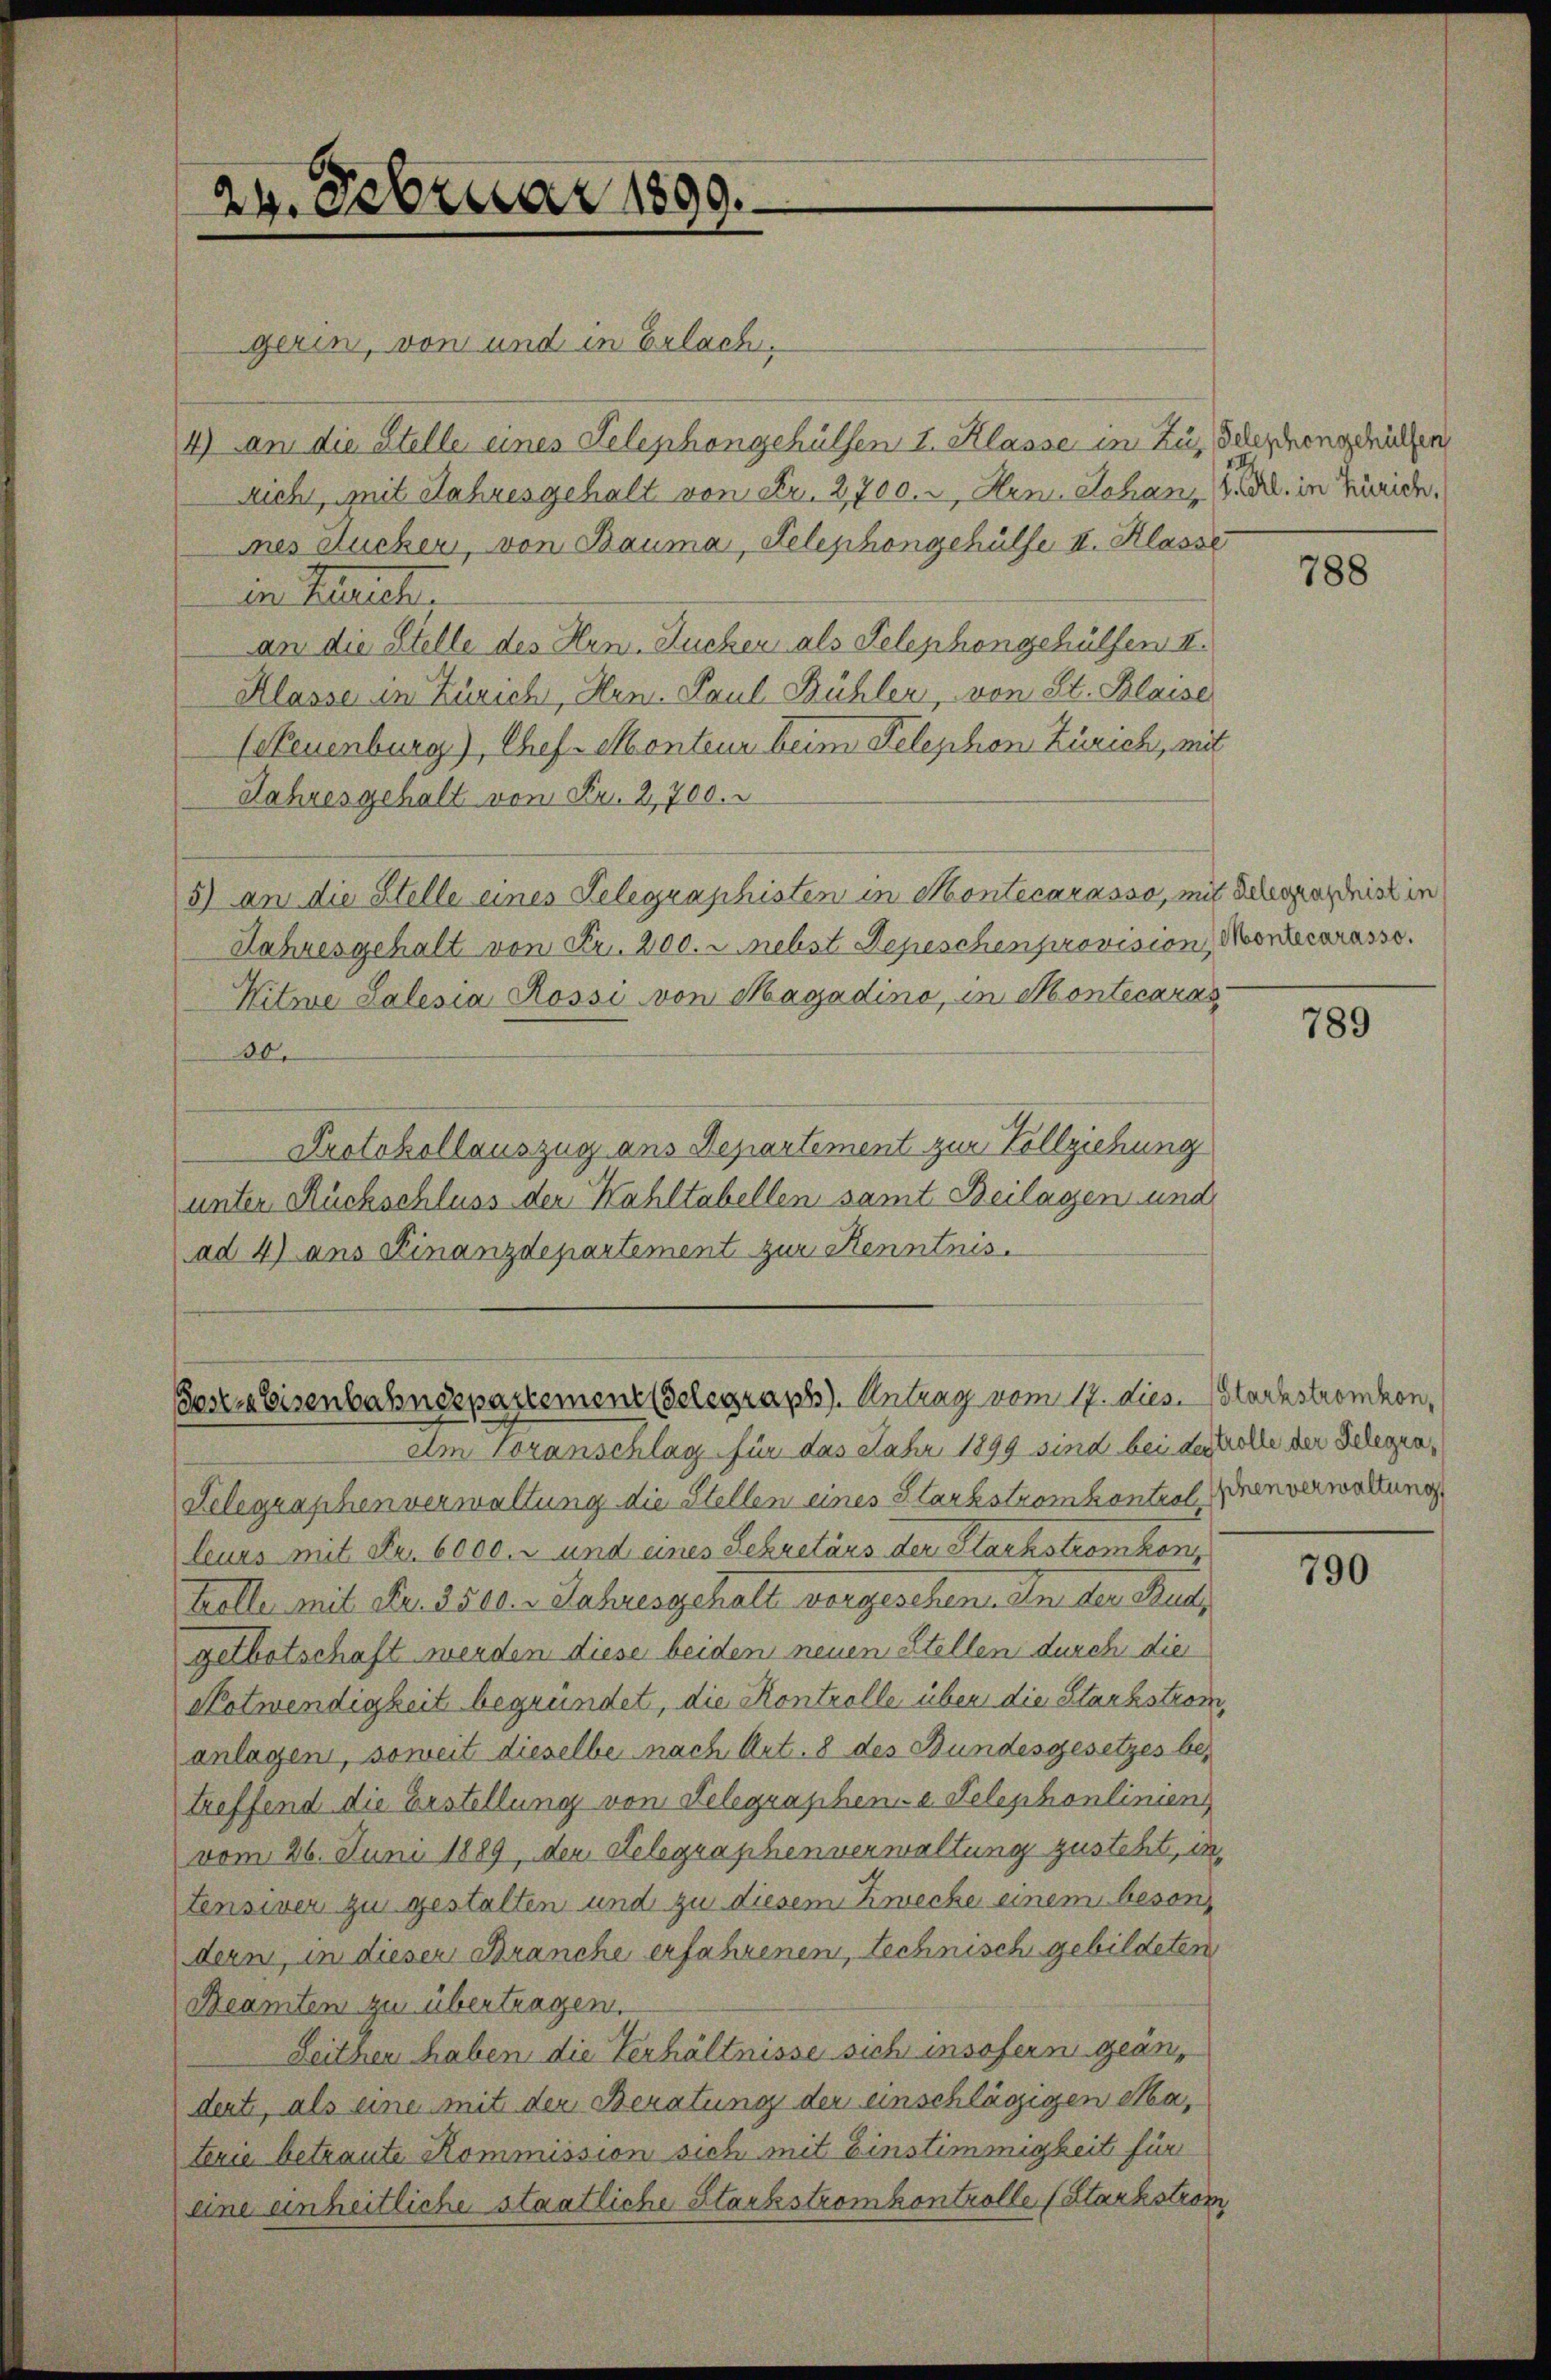
24. Februar 1899.

Josia Eisenbahnespartement elegraph). Antrag vom 17. dies. starkstromhon,

gerin, von und in Erlach,
4) an die Stelle eines Telephongehülfen I. Klasse in Zu, Scherhengehüllen
richt, mit Jahres gehalt von Fr. 2,700. u Hrn. Johan Z. in Züric
nes Sucher, von Bauma, Telephongehülfe II. Klasse
ien Berechen
an die Stelle des Hrn. Zucker als Telephongehülfen II.
Klasse in Zürich, Hrn. Paul Bühler, von St. Blaise
(Neuenburg), Chef Monteur beim Telephon Zürich, mit
Jahresgehalt von Fr. 2,700.
5) an die Stelle eines Telegraphisten in Montecarasso, mit Schadnis in
Jahresgehalt von Fr. 200. u. nebst Depeschenprovision, Montecarasse.
Witwe Salesia Rossi von Magadino, in Montecaras
30.
Protokollauszug aus Departement zur Vollziehung
unter Rückschluss den Kahltabellen samt Beilagen und
ad 4) aus Finanzdepartement zur Kenntnis.

Am Voranschlag für das Jahr 1899 sind bei der Kolle der Gelegra¬
Lelegraphenverwaltung die Stellen eines Starkstromkontral Inenverwaltung
leurs mit Fr. 6000.- und eines Schretärs der Flachströmkon,
trolle mit Fr. 3500. - Jahresgehalt vorgesehen. In der Rud
getbotschaft werden diese beiden neuen Stellen durch die
Notwendigkeit begründet, die Kontrolle über die Starkstrom,
anlagen, soweit dieselbe nach Art. 8 des Bundesgesetzes betreffend die Erstellung von Telegraphen-a Telephonlinien
vom 26. Juni 1889, den Gelegraphenverwaltung zusteht, intensiver zu gestalten und zu diesem Zwecke einem besondern, in dieser Branche erfahrenen, technisch gebildeten
Beamten zu übertragen.
Seithen haben die Verhältnisse sich insofern geändeute, als eine mit der Beratung der einschlägigen da,
terie betraute Kommission sich mit Einstimmigkeit für
eine einheitliche staatliche Starkstromkontrolle (Starkström,

788

789

790